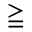
\geqq